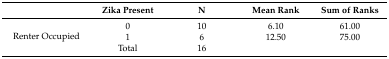
<table><thead><tr><td></td><td><b>Zika Present</b></td><td><b>N</b></td><td><b>Mean Rank</b></td><td><b>Sum of Ranks</b></td></tr></thead><tbody><tr><td rowspan="3">Renter Occupied</td><td>0</td><td>10</td><td>6.10</td><td>61.00</td></tr><tr><td>1</td><td>6</td><td>12.50</td><td>75.00</td></tr><tr><td>Total</td><td>16</td><td></td><td></td></tr></tbody></table>